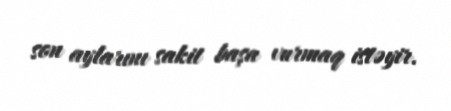
son aylarını sakit başa vurmaq istəyir.